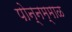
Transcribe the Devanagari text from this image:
पोन्नम्माळ